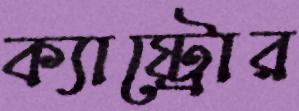
ক্যাষ্ট্রোর